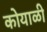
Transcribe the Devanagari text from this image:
कोयाळी